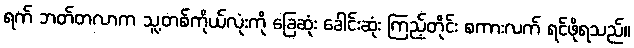
ရက် ဘတ်တလာက သူ့တစ်ကိုယ်လုံးကို ခြေဆုံး ခေါင်းဆုံး ကြည့်တိုင်း စကားလက် ရင်ဖိုရသည်။